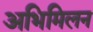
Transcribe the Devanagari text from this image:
अभिमिलन